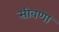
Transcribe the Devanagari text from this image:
सीवणा